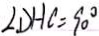
\angle D H C = 9 0 ^ { \circ }